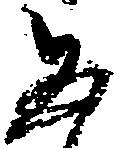
五